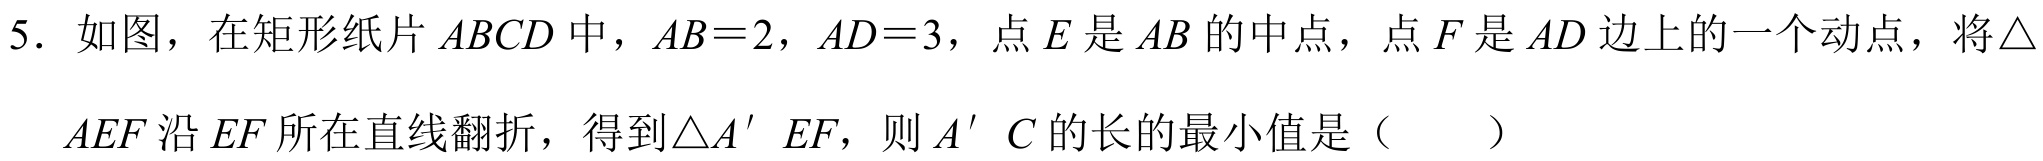
5. 如图，在矩形纸片 \(ABCD\) 中，\(AB = 2\)，\(AD = 3\)，点 \(E\) 是 \(AB\) 的中点，点 \(F\) 是 \(AD\) 边上的一个动点，将\(\triangle\)
\(AEF\) 沿 \(EF\) 所在直线翻折，得到\(\triangle A'EF\)，则 \(A'C\) 的长的最小值是（  ）